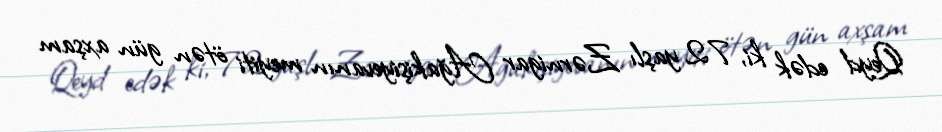
Qeyd edək ki, 72 yaşlı Zərnigar Ağakişiyevanın meyiti ötən gün axşam